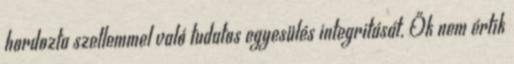
hordozta szellemmel való tudatos egyesülés integritását. Ők nem értik